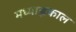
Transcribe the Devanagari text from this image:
मध्याह्लकाल